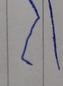
Signature authenticity: forged